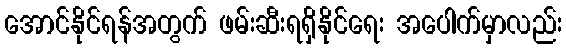
အောင်နိုင်ရန်အတွက် ဖမ်းဆီးရရှိနိုင်ရေး အပေါက်မှာလည်း